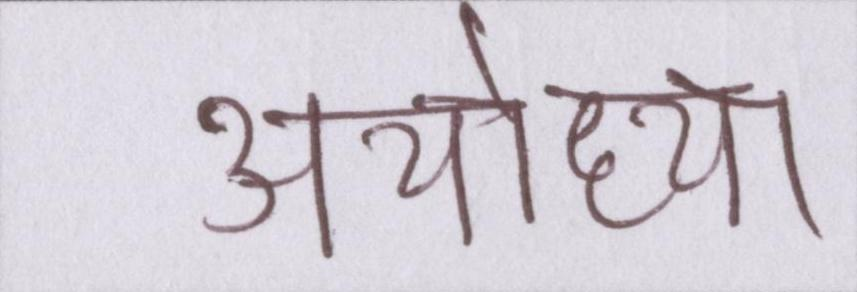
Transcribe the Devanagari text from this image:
अयोध्या